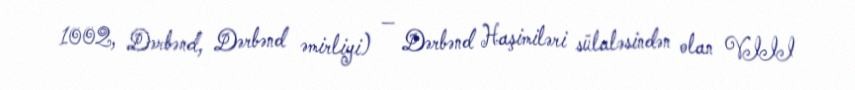
1002, Dərbənd, Dərbənd əmirliyi) — Dərbənd Haşimiləri sülaləsindən olan VIII